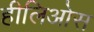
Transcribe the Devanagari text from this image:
हीलिओस